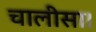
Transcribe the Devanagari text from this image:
चालीसा।